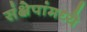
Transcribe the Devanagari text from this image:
संक्षेपांमध्ये